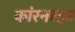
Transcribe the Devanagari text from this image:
कांरनसज़